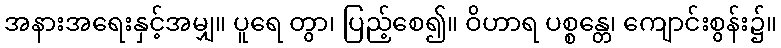
အနားအရေးနှင့်အမျှ။ ပူရေ တွာ၊ ပြည့်စေ၍။ ဝိဟာရ ပစ္စန္တေ၊ ကျောင်းစွန်း၌။